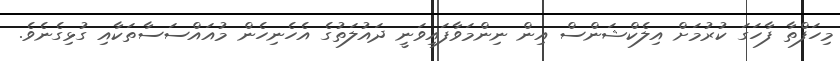
މިހަފްތާ ފާހަގަ ކުރުމަށް އިލެކްޝަންސް އިން ނިންމަވާފައިވަނީ ދައުލަތުގެ އެހެނިހެން މުއައްސަސާތަކާއި ގުޅިގެނެވެ.